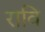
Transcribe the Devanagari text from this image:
रावि